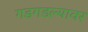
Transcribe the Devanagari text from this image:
गडगडल्यावर